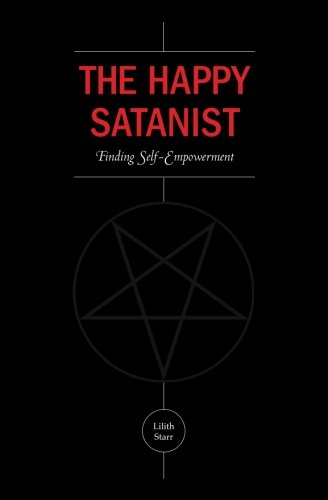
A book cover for The Happy Satanist: Finding Self-Empowerment; Lilith Starr; Religion & Spirituality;